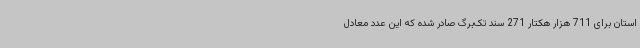
استان برای 711 هزار هکتار 271 سند تک‌برگ صادر شده که این عدد معادل